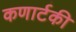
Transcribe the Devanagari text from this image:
कणार्टकी